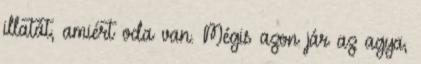
illatát, amiért oda van. Mégis azon jár az agya,